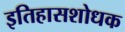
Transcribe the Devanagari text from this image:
इतिहासशोधक